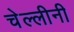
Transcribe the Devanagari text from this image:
चेल्लीनी